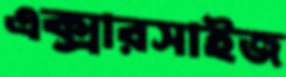
এক্সারসাইজ